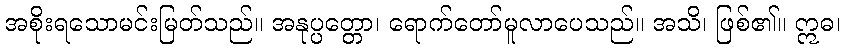
အစိုးရသောမင်းမြတ်သည်။ အနုပ္ပတ္တော၊ ရောက်တော်မူလာပေသည်။ အသိ၊ ဖြစ်၏။ ဣဓ၊